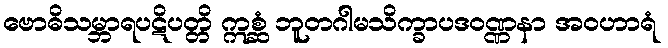
ဗောဓိသမ္ဘာရပဋိပတ္တိ ဣစ္ဆံ ဘူတဂါမသိက္ခာပဒဝဏ္ဏနာ အဝဟာရံ